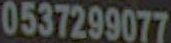
0537299077